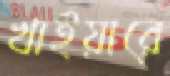
খাইয়ারে